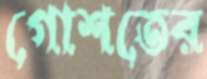
গোশতের